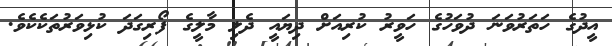
އީދުގެ ހަތަރުވަނަ ދުވަހުގެ ހަވީރު ކުރިއަށް ދިޔައީ ދެލި މާލީގެ ފޯރިގަދަ ކުޅިވަރުތަކެކެވެ.